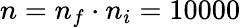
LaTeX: n=n_{f}\cdot n_{i}=10000